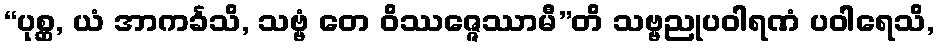
“ပုစ္ဆ, ယံ အာကင်္ခသိ, သဗ္ဗံ တေ ဝိဿဇ္ဇေဿာမီ”တိ သဗ္ဗညုပဝါရဏံ ပဝါရေသိ,